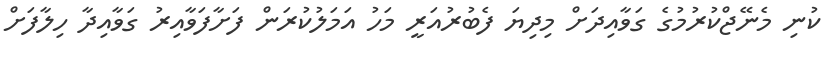
ކުނި މެނޭޖްކުރުމުގެ ގަވާއިދަށް މިދިޔަ ފެބުރުއަރީ މަހު އަމަލުކުރަން ފަށާފަވާއިރު ގަވާއިދާ ހިލާފަށް